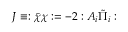
J \equiv : \bar { \chi } \chi : = - 2 : A _ { i } \tilde { \Pi } _ { i } :